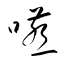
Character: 嚥